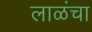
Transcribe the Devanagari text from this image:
लाळंचा